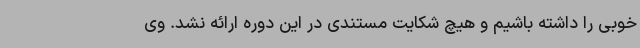
خوبی را داشته باشیم و هیچ شکایت مستندی در این دوره ارائه نشد. وی